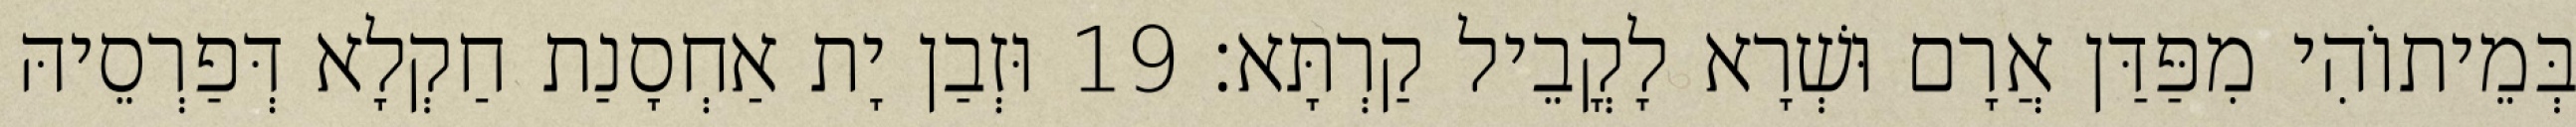
בְּמֵיתוֹהִי מִפַּדַּן אֲרָם וּשְׁרָא לָקֳבֵיל קַרְתָּא׃ 19 וּזְבַן יָת אַחְסָנַת חַקְלָא דְּפַרְסֵיהּ